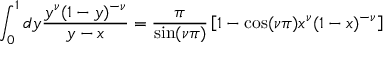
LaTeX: \int _ { 0 } ^ { 1 } d y \frac { y ^ { \nu } ( 1 - y ) ^ { - \nu } } { y - x } = \frac { \pi } { \sin ( \nu \pi ) } \left[ 1 - \cos ( \nu \pi ) x ^ { \nu } ( 1 - x ) ^ { - \nu } \right]